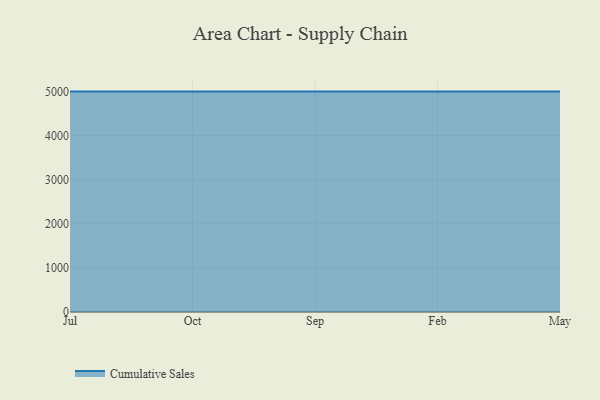
{"axis": {"x": "Month", "y": "Website Visitors"}, "legend": ["Cumulative Sales"], "data": [{"x": "Jul", "y": 5000, "type": "Cumulative Sales"}, {"x": "Oct", "y": 5000, "type": "Cumulative Sales"}, {"x": "Sep", "y": 5000, "type": "Cumulative Sales"}, {"x": "Feb", "y": 5000, "type": "Cumulative Sales"}, {"x": "May", "y": 5000, "type": "Cumulative Sales"}]}